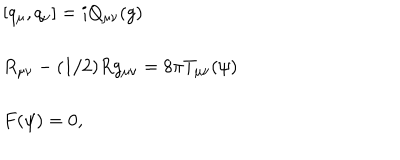
\left. \begin{array} { l } { { \left[ q _ { \mu } , q _ { \nu } \right] = i Q _ { \mu \nu } ( g ) } } \\ { { { } } } \\ { { R _ { \mu \nu } - ( 1 / 2 ) R g _ { \mu \nu } = 8 \pi T _ { \mu \nu } ( \psi ) } } \\ { { { } } } \\ { { F ( \psi ) = 0 , } } \\ \end{array} \right.